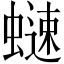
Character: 𧐒